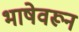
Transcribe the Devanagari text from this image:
भाषेवरून